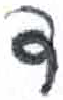
אות: ד